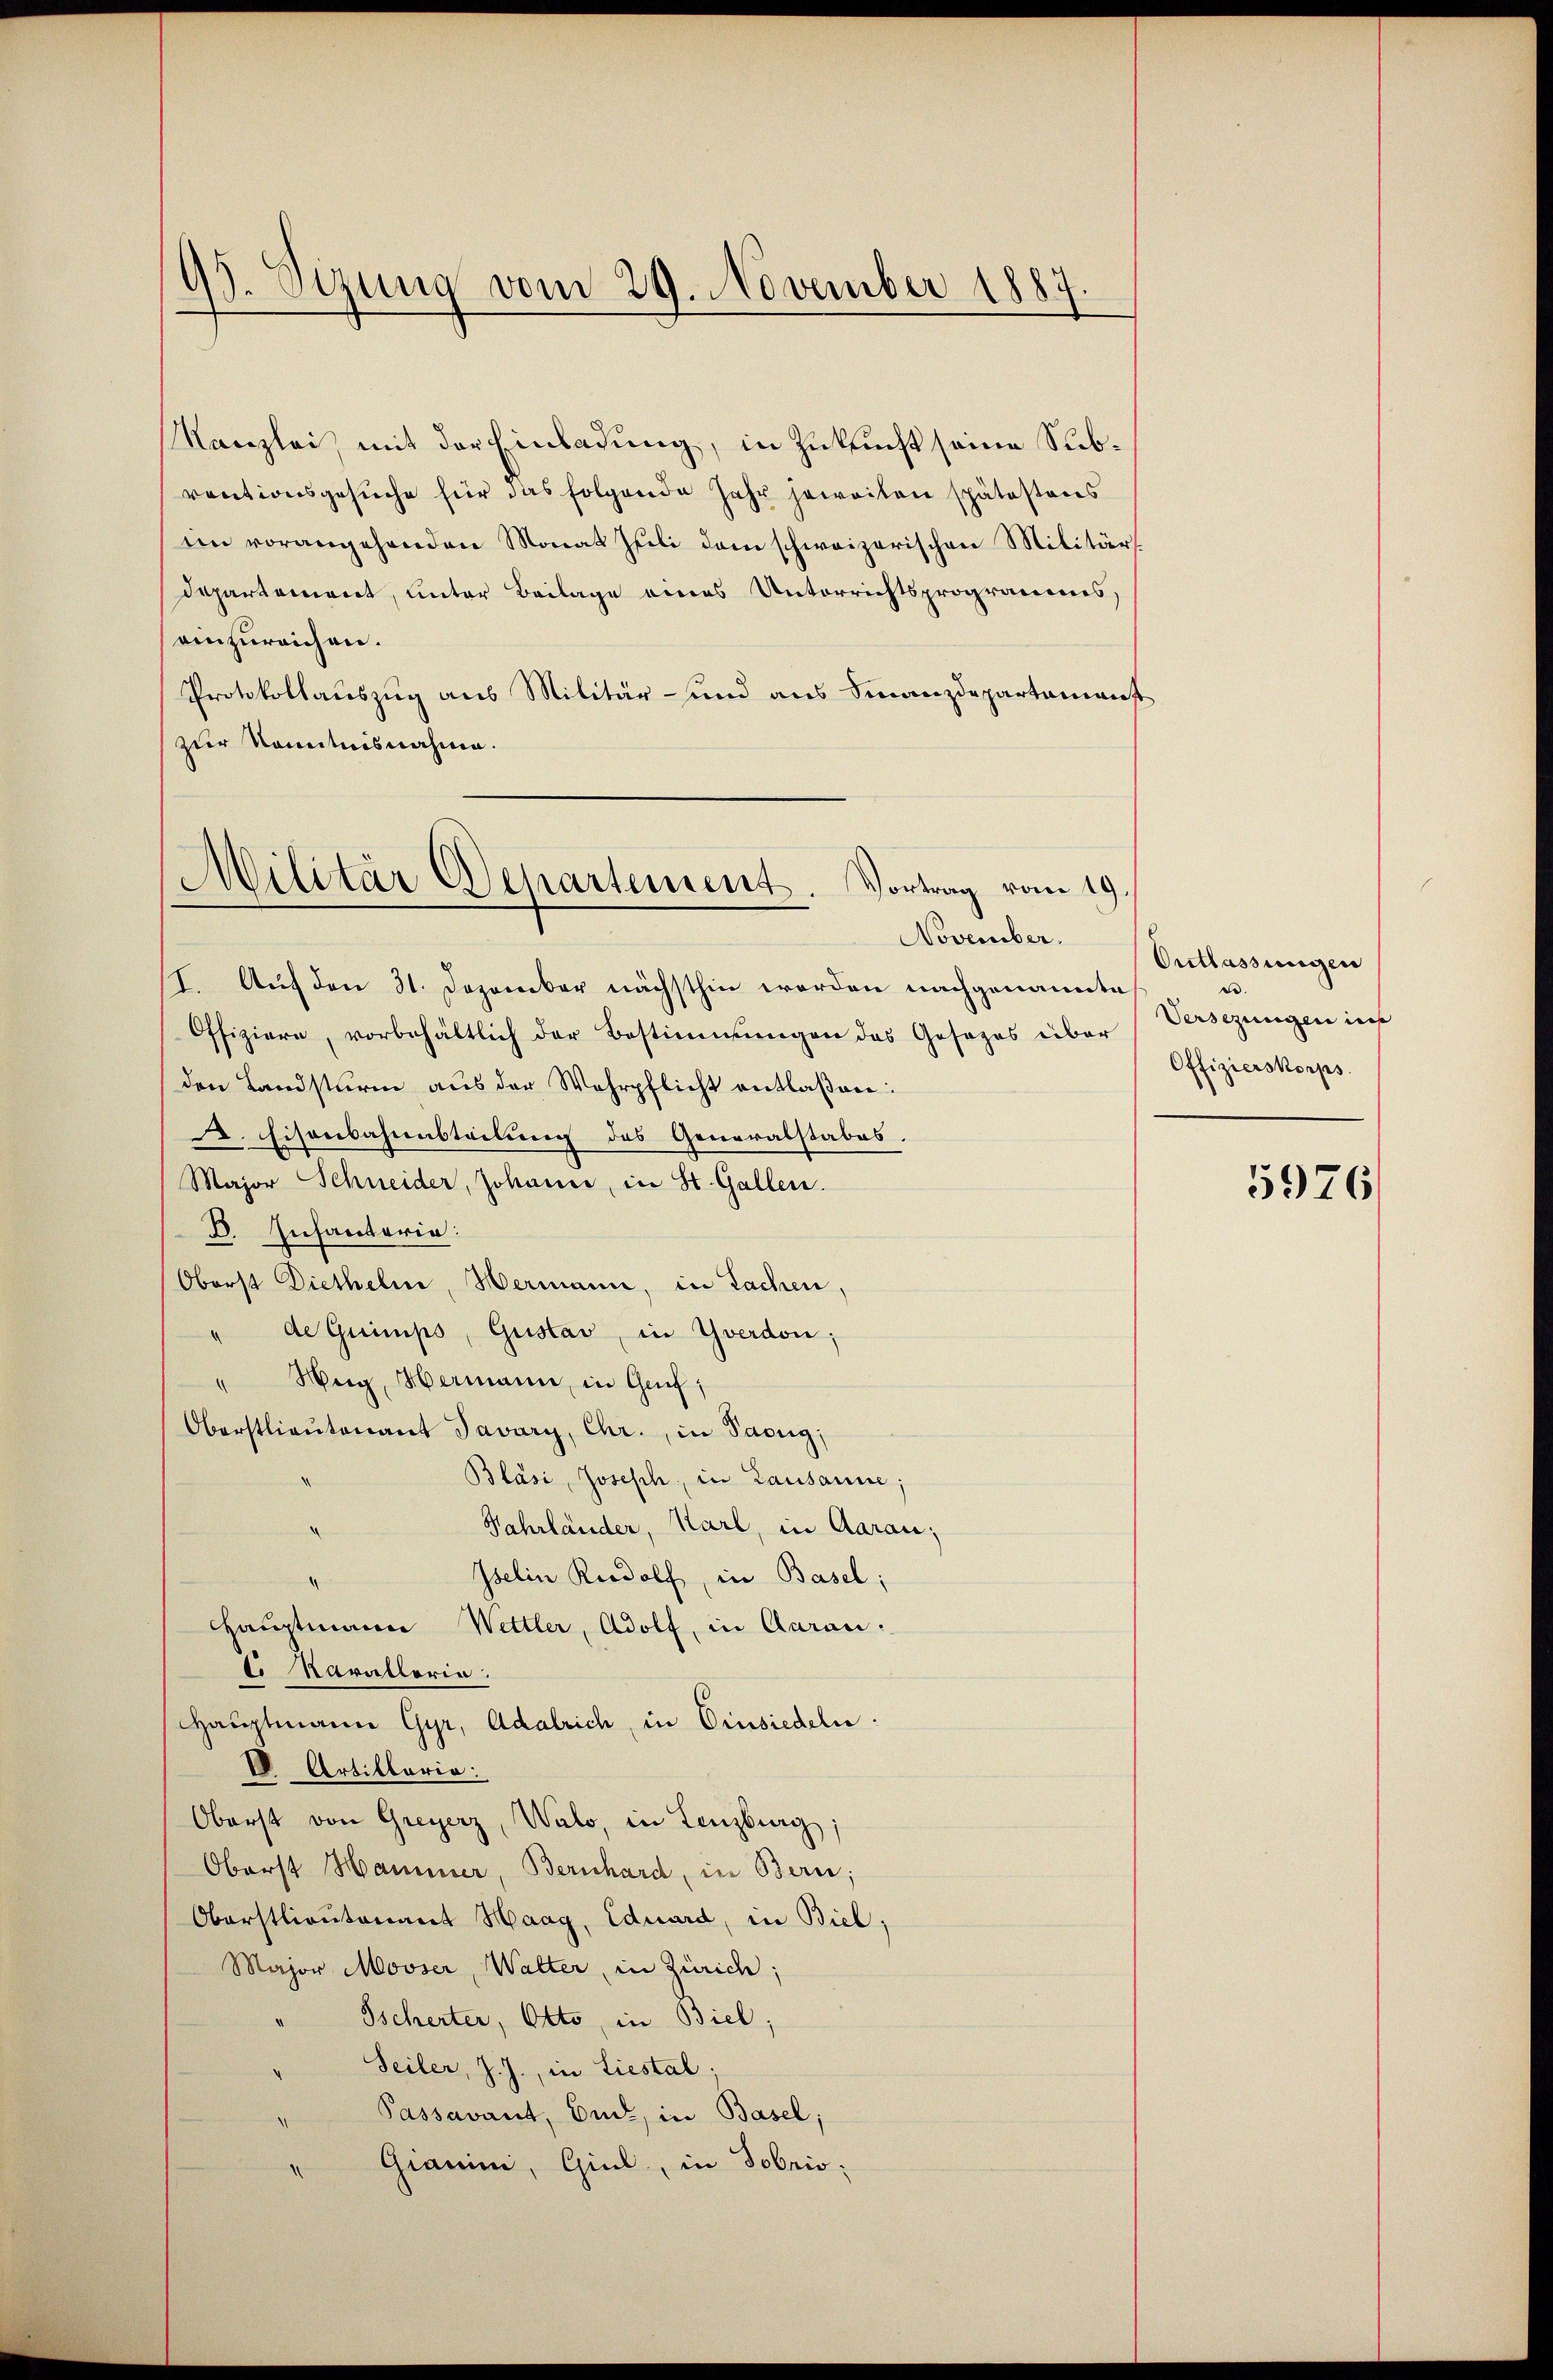
93. Sizung vom 29. November 1887

Kanzlei, mit der Einladung, in Zukunft seine Subrectionsgesuche für das folgende Jahr jeweiten spätestens
im vorangehenden Monat Juli dem schweizerischen Militärs
departement, unter Beilage eines Unterrichtsprogramms,
einzureichen.
Protokollauszug aus Militär- und aus Finanzdepartamenst
zur Kenntnisnahme.

Militär Departement. Vortrag vom 19.
November.

I. Auf den 31. Dezember nächsthin werden nachgenannt
Offiziere, vorbehältlich der Bestimmungen das Gesezes über
den Landsturm aus der Wehrpflicht entlaßen:
A. Eisenbahnsteilung des Generalstabes.
Major Schneider, Johann, in St. Gallen.
B. Infanteria:
Oberst Diethelm, Hermann, in Sachen,
" de Guimps, Gustav in Yverdon;
" Weg, Hermann, in Genf,
Oberstlieutenant Javary, Chr., in Pacug;
Bläsi, Joseph, in Lausanne;
Jahrländer, Karl, in Aarau;
Iselin Rudolf, in Basel;
Hauptmann Wettler, Adolf, in Garan:
l Kavalloria.
Hauptmann Gyr, Adalrich, in Einsiedeln.
IV Artillaria
Oberst von Greyerz, Walo, in Lenzburg;
Oberst Hammer, Bernhard, in Bern;
Oberstlieutenant Haag, Eduard, in Biel;
Major Mooser, Walter, in Zürich;
Tscherter, Otto, in Biel;
Seiler, J. J., in Liestal;
Passavant, Ende, in Basel;
Granin, Giul, in Tobris;

Ontlassungen
.
e
Versezungen ins
Offizierskorps.

5976